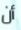
أن